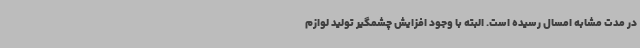
در مدت مشابه امسال رسیده است. البته با وجود افزایش چشمگیر تولید لوازم